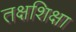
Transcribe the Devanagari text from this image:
तक्षशिक्षा